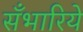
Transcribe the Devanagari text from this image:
सँभारिये